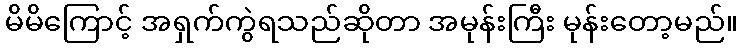
မိမိကြောင့် အရှက်ကွဲရသည်ဆိုတာ အမုန်းကြီး မုန်းတော့မည်။